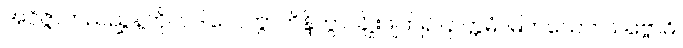
အဝိဇ္ဇာတည်ညွှန့်ကို။ ပဒါလေတွာဘိန္ဒိတွာ၊ ချိုးဖျက်၍။ ဥတ္တမံ၊ မြတ်သော။ သဗ္ဗောဓိ၊